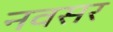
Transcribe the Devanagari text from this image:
नवसर